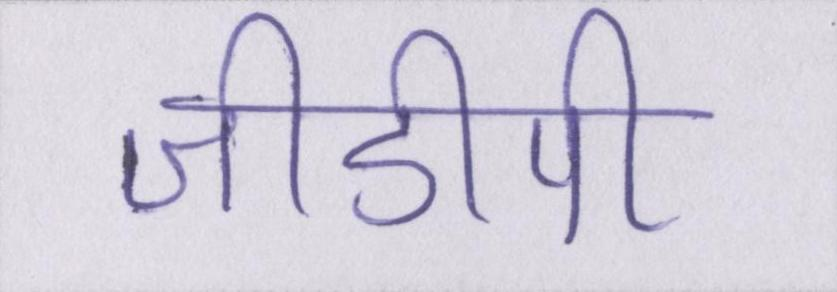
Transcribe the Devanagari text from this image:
जीडीपी